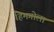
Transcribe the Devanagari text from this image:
हिमगोला